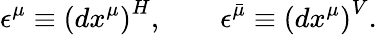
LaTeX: \epsilon^{\mu}\equiv\left(dx^{\mu}\right)^{H},\qquad\epsilon^{\bar{\mu}}\equiv\left(dx^{\mu}\right)^{V}.